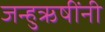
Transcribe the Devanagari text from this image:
जन्हुऋषींनी